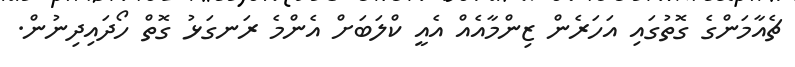
ޗެއާމަންގެ ގޮތުގައި އަހަރެން ޒިންމާއެއް އެއީ ކްލަބަށް އެންމެ ރަނގަޅު ގޮތް ހޯދައިދިނުން.